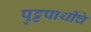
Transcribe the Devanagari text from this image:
पुट्टपार्थीचे